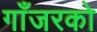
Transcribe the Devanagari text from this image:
गाँजरको